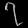
Digit: ၇